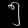
Digit: ၅